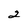
Character: 2